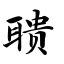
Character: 聩